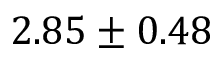
2 . 8 5 \pm 0 . 4 8